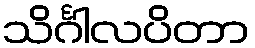
သိင်္ဂါလပိတာ